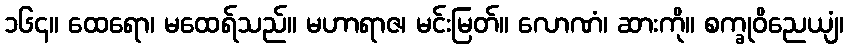
၁၆၄။ ထေရော၊ မထေရ်သည်။ မဟာရာဇ၊ မင်းမြတ်။ လောဏံ၊ ဆားကို။ စက္ခုဝိညေယျံ၊